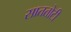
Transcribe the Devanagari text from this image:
साततोटी